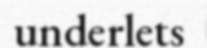
underlets